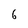
Character: 6